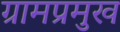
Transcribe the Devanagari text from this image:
ग्रामप्रमुख